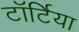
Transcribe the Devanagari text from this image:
टॉर्टिया